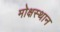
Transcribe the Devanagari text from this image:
मोक्षस्थान